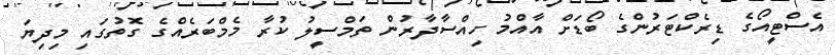
އެސްޓީއޯގެ ޑިރެކްޓަރުންގެ ބޯޑަށް އާއްމު ހިއްސާދާރުން ތަމްސީލު ކުރާ މެމްބަރެއްގެ ގޮތުގައި މިދިޔަ